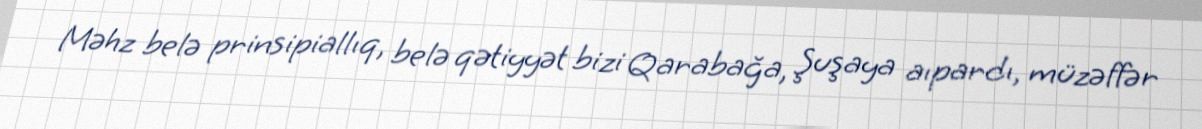
Məhz belə prinsipiallıq, belə qətiyyət bizi Qarabağa, Şuşaya aıpardı, müzəffər